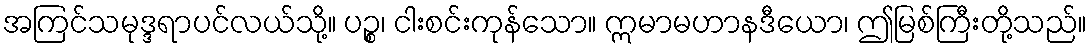
အကြင်သမုဒ္ဒရာပင်လယ်သို့။ ပဉ္စ၊ ငါးစင်းကုန်သော။ ဣမာမဟာနဒီယော၊ ဤမြစ်ကြီးတို့သည်။